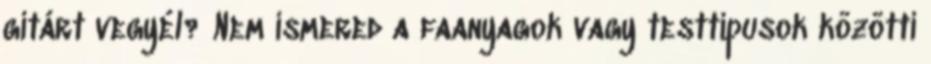
gitárt vegyél? Nem ismered a faanyagok vagy testtípusok közötti